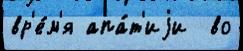
вр'е́м'я апа́т'иjи  во